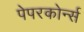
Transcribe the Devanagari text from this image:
पेपरकोर्न्स